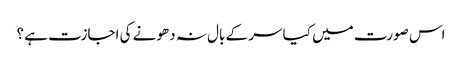
اس صورت میں کیا سر کے بال نہ دھونے کی اجازت ہے ؟